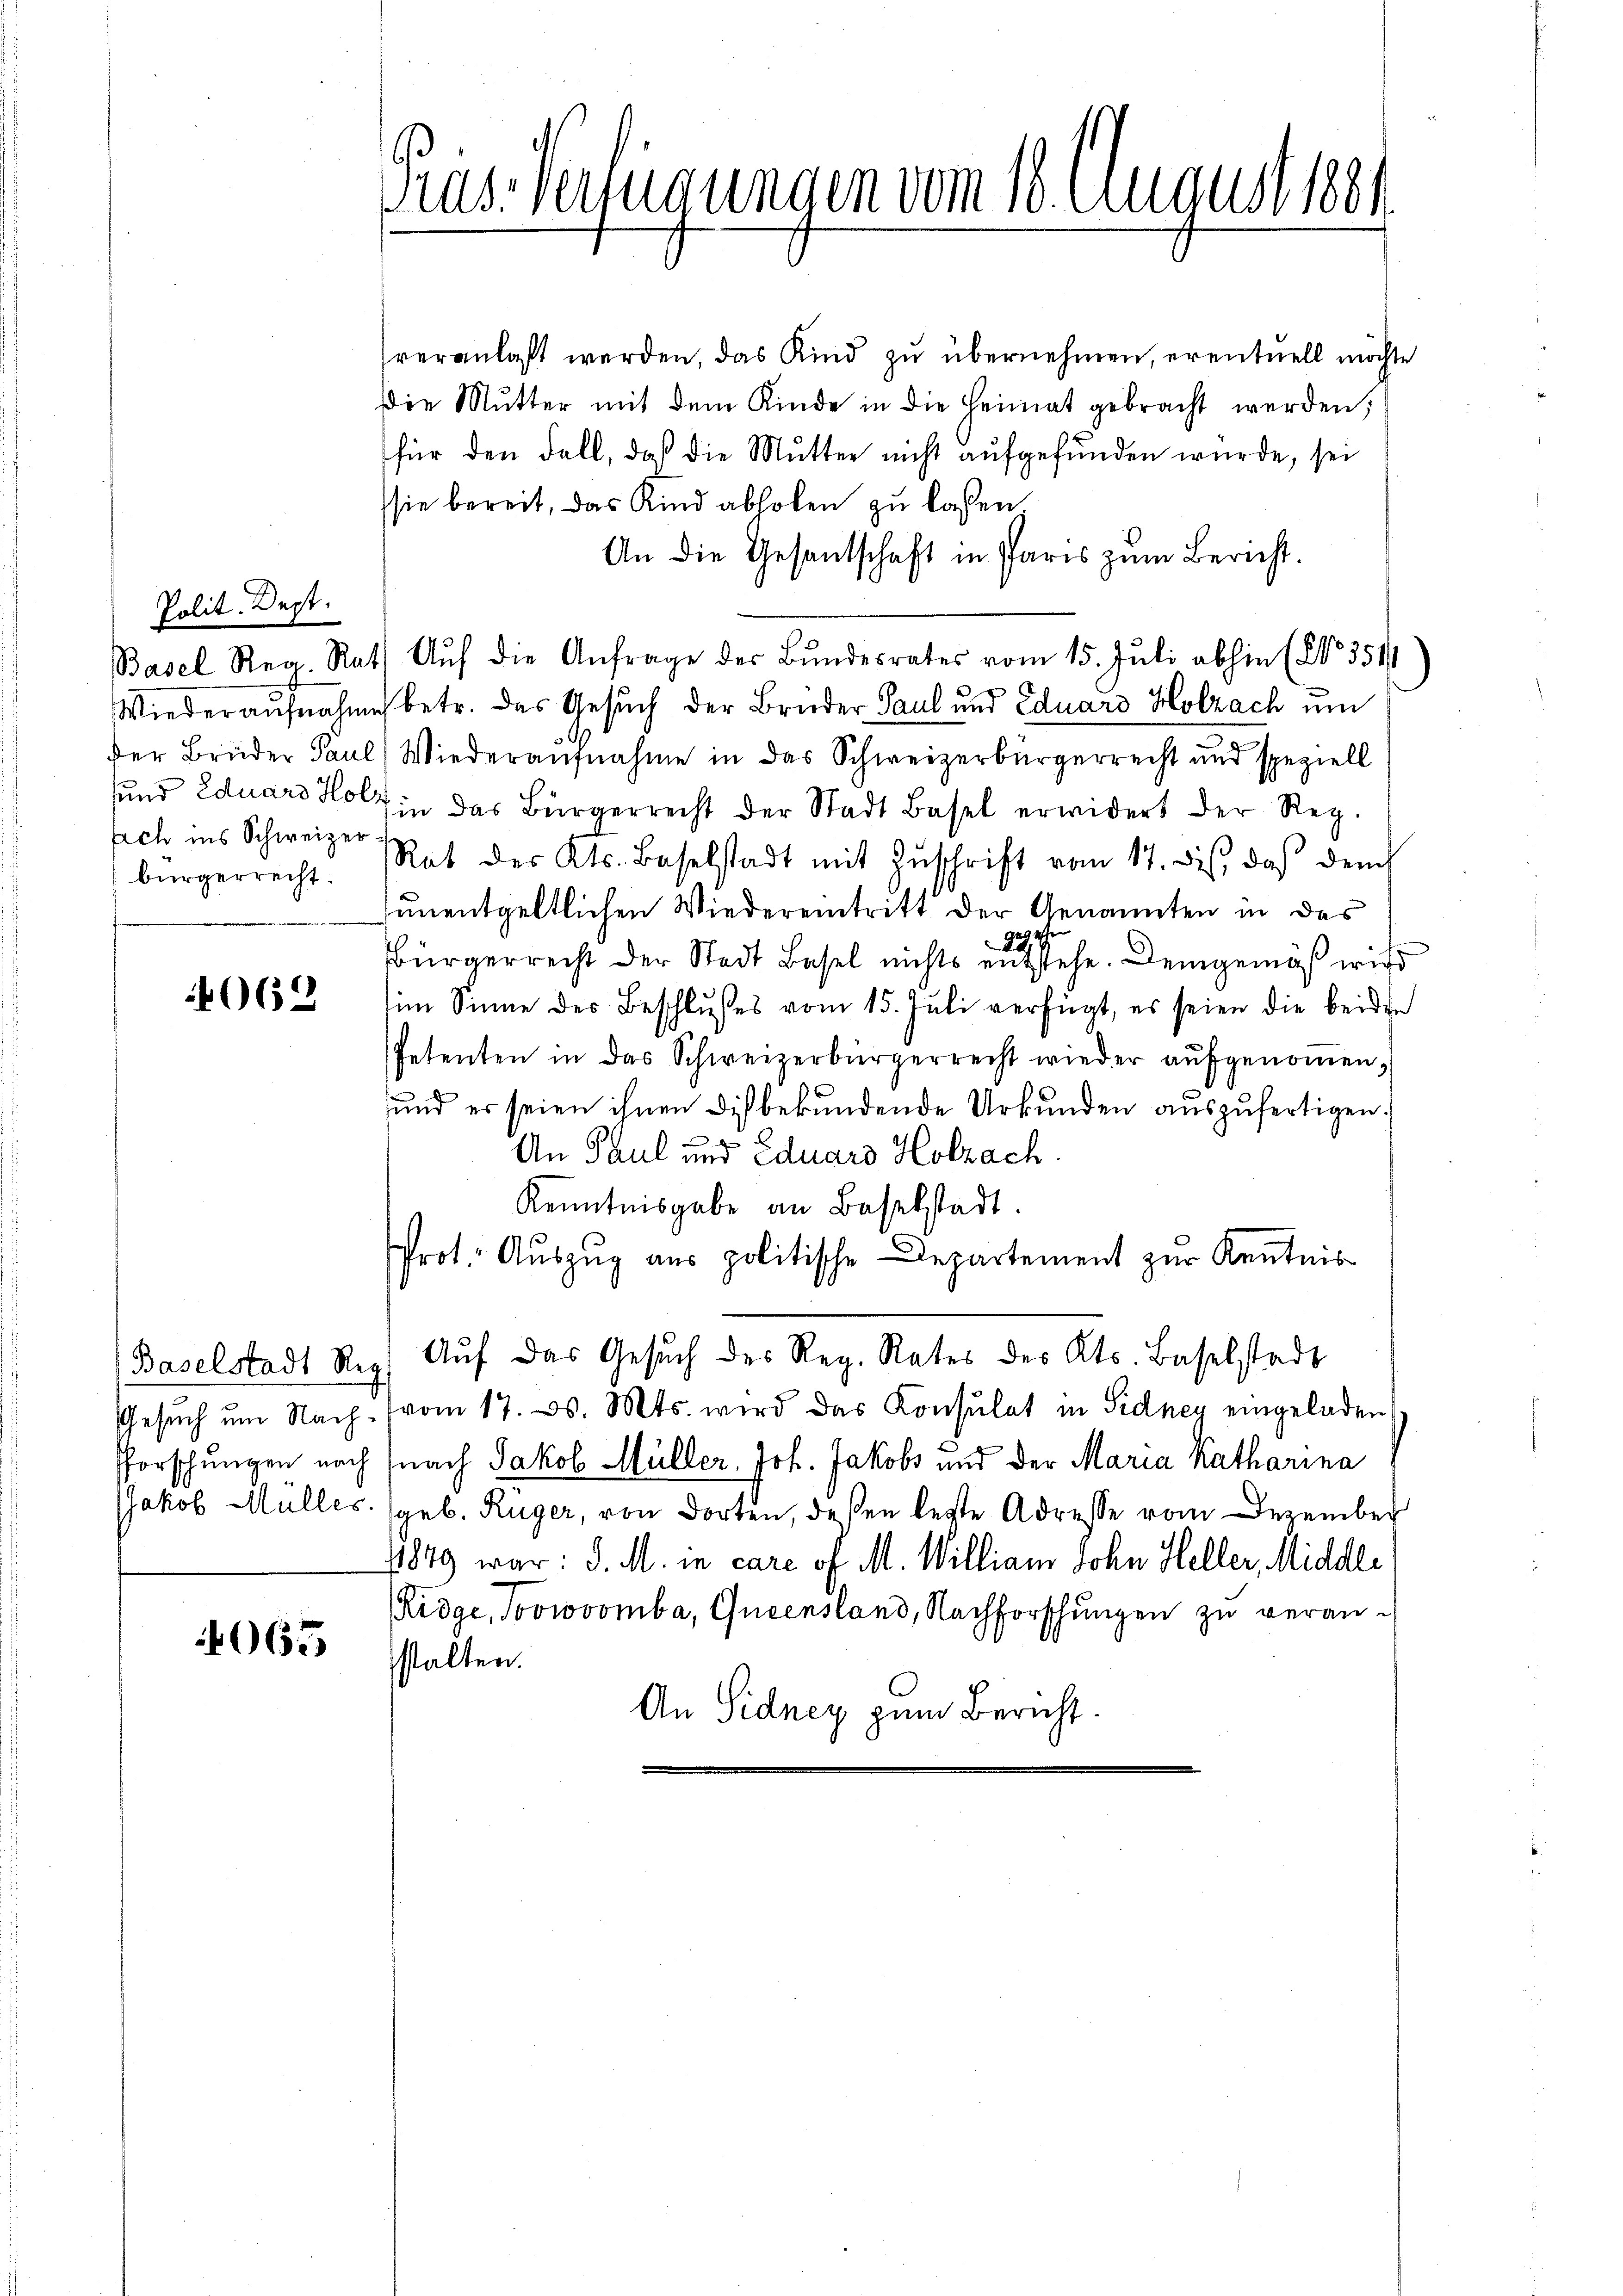
Polit. Dept.
Basel Reg. Ra
Wiederaufnahm
der Brüder Paul
sund Eduard Hot
sich ins Schweizer
bürgerrecht.

662

Baselstadt Reg
Forschungen nach

065

Tras-Verfügungen vom 18. August 1881

veranlaßt werden, das Kind zu übernehmen, eventuell möchte
Die Mutter mit dem Kinde in die Heimat gebracht werden;
für den Fall, daß die Mutter nicht aufgefunden wurde, sei
sie bereit, das Kind abholen zu lassen
An die Gesantschaft in Paris zŭm Bericht.
1. Aŭf die Anfrage der Bŭndesrates vom 15. Jŭli abhin (No 351
in betr. das Gesuch der Bruder Paul und Eduard Holzach um
l) Wiederaufnahme in das Schweizerbürgerrecht und speziell
Ain das Bürgerrecht der Stadt Basel erwidert der Reg.
Rat des Kts. Baselstadt mit Zŭschrift vom 17. ds., daß dem
unentgeltlichen Wiedereintritt der Genannten in das
c
9294
Bürgerrecht der Stadt Basel nichts entstehe. Demgemäß wird
im Sinne des Beschlußes vom 15. Juli verfügt, es seien die beiden
Petenten in das Schweizerbürgerrecht wieder aŭfgenoṁen,
und es seien ihnen diß bekundende Urkunden auszufertigen.
g
An Paul und Eduard Holzach.
Kenntnisgabe an Baselstadt.
Prot. Aŭszŭg ans politische Departement zur Kenntnis
Aŭf das Gesŭch der Reg. Rates des Kts. Baselstadt
Gesŭch ŭm Nach (vom 17. d. Mts. wird das Konsulat in Sidney eingeladen
nach Jakob Müller, Joh. Jakobs und der Maria Katharina
JJakob Mülles (geb. Rüger, von dorten, deßen legte Adresse vom Dezember
1849 war: d. M. in care of M. William Sohn Heller, Middle
Ridge, Joorvomba, Queensland, Nachforschungen zu veranstalten.
An Sidney zum Bericht.